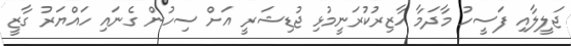
ޖަލީލާއި ފަސީހު މާދަމާ ހާޒިރުކުރަނީމުޅި ޖުޑިޝަރީ އަށް ސިހުން ގެނައި ހައްޔަރު ގާޒީ